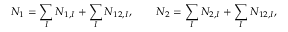
N _ { 1 } = \sum _ { I } N _ { 1 , I } + \sum _ { I } N _ { 1 2 , I } , \qquad N _ { 2 } = \sum _ { I } N _ { 2 , I } + \sum _ { I } N _ { 1 2 , I } ,